Report on vaccination in Madras 1877-1894 - 1877-1894
Year: 1877
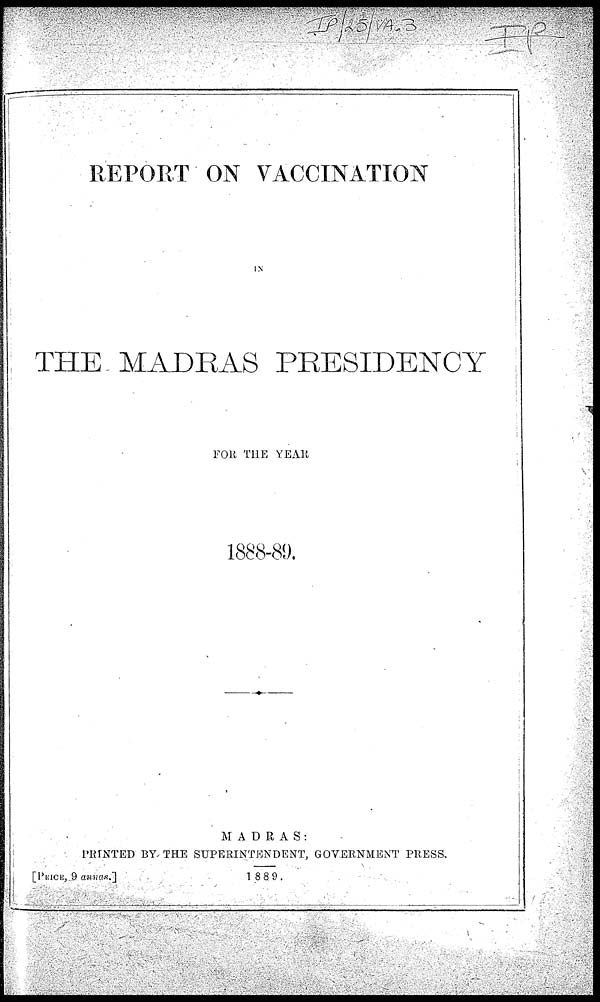
REPORT ON VACCINATION
IN
THE MADRAS PRESIDENCY
FOR THE YEAR
1888-89.
MADRAS:
PRINTED BY THE SUPERINTENDENT, GOVERNMENT PRESS
1889.
[PRICE, 9 annas.]